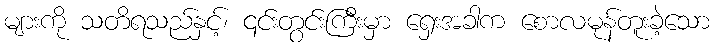
များကို သတိရသည်နှင့်၊ ၎င်းတွင်းကြီးမှာ ရှေးအခါက စောလမုန်တူးခဲ့သော